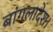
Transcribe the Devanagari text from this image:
बांगलादेश।